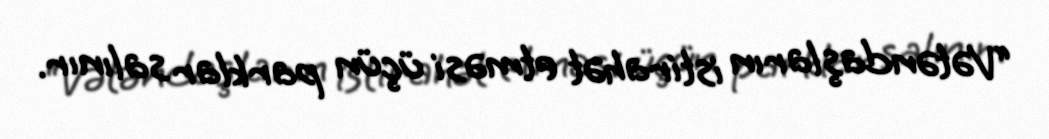
“Vətəndaşların istirahət etməsi üçün parklar salınır.